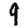
Digit: 9